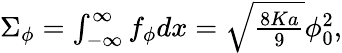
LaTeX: \begin{array}{r}{\Sigma_{\phi}=\int_{-\infty}^{\infty}f_{\phi}dx=\sqrt{\frac{8Ka}{9}}\phi_{0}^{2},}\end{array}